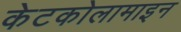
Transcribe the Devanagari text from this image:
केटकोलामाइन